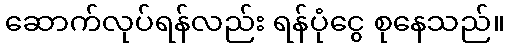
ဆောက်လုပ်ရန်လည်း ရန်ပုံငွေ စုနေသည်။